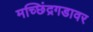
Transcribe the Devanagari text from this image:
मच्छिंद्रगडावर